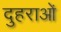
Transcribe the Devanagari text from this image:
दुहराओं